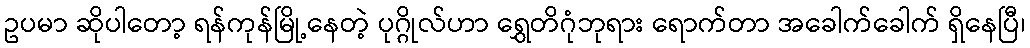
ဥပမာ ဆိုပါတော့ ရန်ကုန်မြို့နေတဲ့ ပုဂ္ဂိုလ်ဟာ ရွှေတိဂုံဘုရား ရောက်တာ အခေါက်ခေါက် ရှိနေပြီ၊